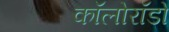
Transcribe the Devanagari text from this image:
कॉलोरॉडो